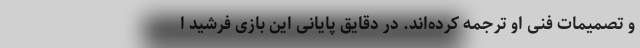
و تصمیمات فنی او ترجمه کرده‌اند. در دقایق پایانی این بازی فرشید ا